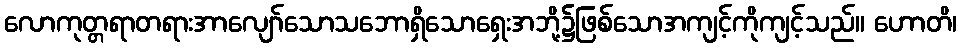
လောကုတ္တရာတရားအာလျော်သောသဘောရှိသောရှေးအဘို့၌ဖြစ်သောအကျင့်ကိုကျင့်သည်။ ဟောတိ၊